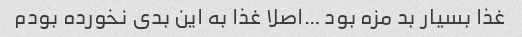
غذا بسیار بد مزه بود …اصلا غذا به این بدی نخورده بودم